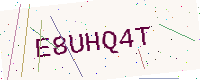
Text: E8UHQ4T